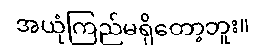
အယုံကြည်မရှိတော့ဘူး။